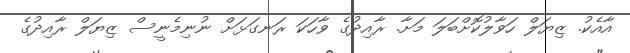
އާއެކު. ޒިޔަލް ހަވާލުކޮށްބަލަ މަށާ. ރާއިދުގެ ވާހަކަ ރަނގަޅަށް ނުނިމެނީސް ޒިޔަލް ރާއިދުގެ